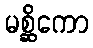
မစ္ဆိကော